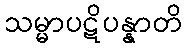
သမ္မာပဋိပန္နာတိ